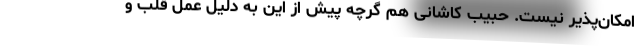
امکان‌پذیر نیست. حبیب کاشانی هم گرچه پیش از این به دلیل عمل قلب و